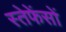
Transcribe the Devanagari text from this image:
स्तेफेंसों